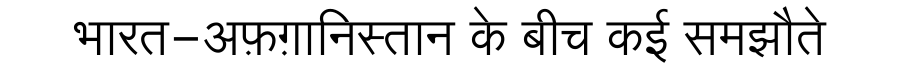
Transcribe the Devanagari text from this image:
भारत-अफ़ग़ानिस्तान के बीच कई समझौते